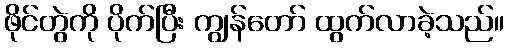
ဖိုင်တွဲကို ပိုက်ပြီး ကျွန်တော် ထွက်လာခဲ့သည်။